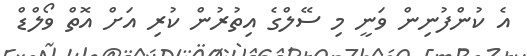
އެ ކުންފުނިން ވަނީ މި ސޭލްގެ އިތުރުން ކުރި އަށް އޮތް ވޯލްޑް